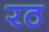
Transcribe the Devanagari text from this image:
रठ